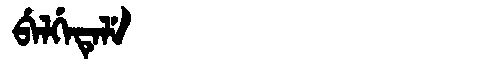
Manchu: ᠪᡝᠯᡤᡝᡨᡝᠯᡝ
Romanization: BELGETELE